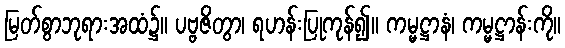
မြတ်စွာဘုရားအထံ၌။ ပဗ္ဗဇိတွာ၊ ရဟန်းပြုကုန်၍။ ကမ္မဋ္ဌာနံ၊ ကမ္မဋ္ဌာန်းကို။